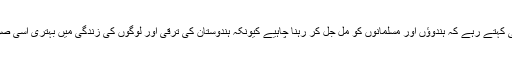
اس دوران وہ یہی کہتے رہے کہ ہندوؤں اور مسلمانوں کو مل جل کر رہنا چاہیے کیونکہ ہندوستان کی ترقی اور لوگوں کی زندگی میں بہتری اسی صورت ممکن ہے۔